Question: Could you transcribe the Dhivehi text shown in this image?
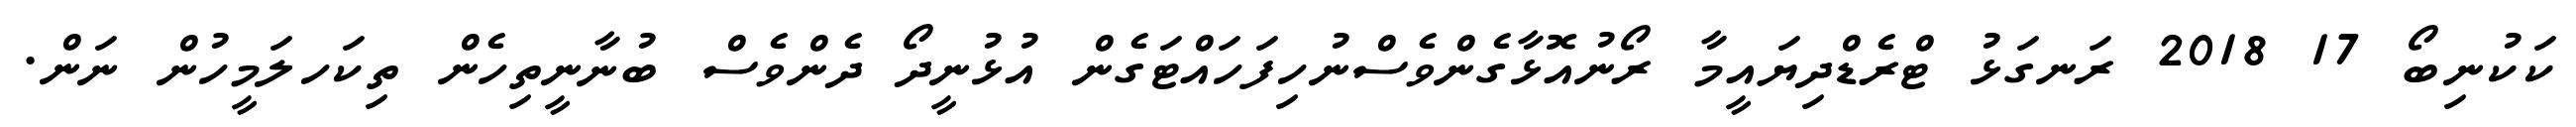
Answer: ކަކުނިބޯ 17 2018 ރަނގަޅު ޓްރެޑްދިޔައީމާ ރޯނުއޮޅާގެންވެސްނުހިފަހައްޓަގެން އުޅުނީދޯ ދެންވެސް ބުނާނީތިހެން ތިކަހލަމީހުން ނަން.